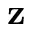
\mathbf { z }